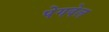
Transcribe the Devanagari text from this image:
पेगवेल